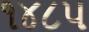
૧૪૮૫